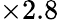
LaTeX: \times 2.8